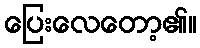
ပြေးလေတော့၏။